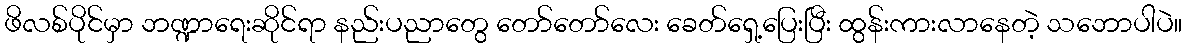
ဖိလစ်ပိုင်မှာ ဘဏ္ဍာရေးဆိုင်ရာ နည်းပညာတွေ တော်တော်လေး ခေတ်ရှေ့ပြေးပြီး ထွန်းကားလာနေတဲ့ သဘောပါပဲ။